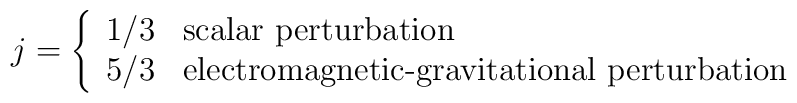
j = \left\{ \begin{array}{cl}              1/3  & \textrm{scalar perturbation} \\              5/3  & \textrm{electromagnetic-gravitational perturbation}            \end{array} \right.